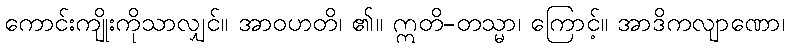
ကောင်းကျိုးကိုသာလျှင်။ အာဝဟတိ၊ ၏။ ဣတိ-တသ္မာ၊ ကြောင့်။ အာဒိကလျာဏော၊